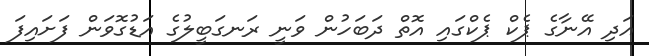
އަދި އޭނާގެ ޕެކް ޕެކްގައި އޮތް ދަބަހުން ވަނީ ރަނގަބީލުގެ އަޑުގޮވަން ފަށައިފަ